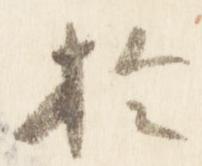
於